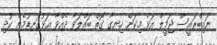
ނައިބްރައީސް ޖަމީލް އަޅެ މިކަން ހިނގާ ގޮތް ބައްލަވާ ދެއްވާ އަޅުގަނޑުމެން ކުދި